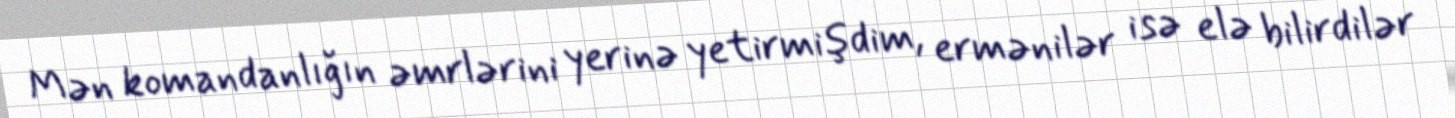
Mən komandanlığın əmrlərini yerinə yetirmişdim, ermənilər isə elə bilirdilər